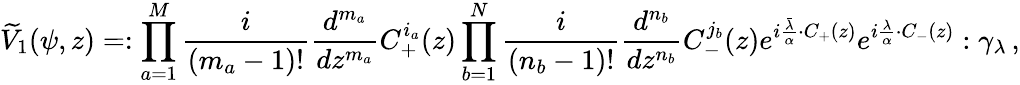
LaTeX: \widetilde V_{1}(\psi,z)=:\prod_{a=1}^{M}{\frac{i}{(m_{a}-1)!}}{\frac{d^{m_{a}}}{dz^{m_{a}}}}C_{+}^{i_{a}}(z)\prod_{b=1}^{N}{\frac{i}{(n_{b}-1)!}}{\frac{d^{n_{b}}}{dz^{n_{b}}}}C_{-}^{j_{b}}(z)e^{i{\frac{\bar{\lambda}}{\alpha}}\cdot C_{+}(z)}e^{i{\frac{\lambda}{\alpha}}\cdot C_{-}(z)}:\gamma_{\lambda}\, ,